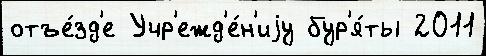
отъе́зд'е Учр'ежд'е́н'иjу бур'я́ты 2011